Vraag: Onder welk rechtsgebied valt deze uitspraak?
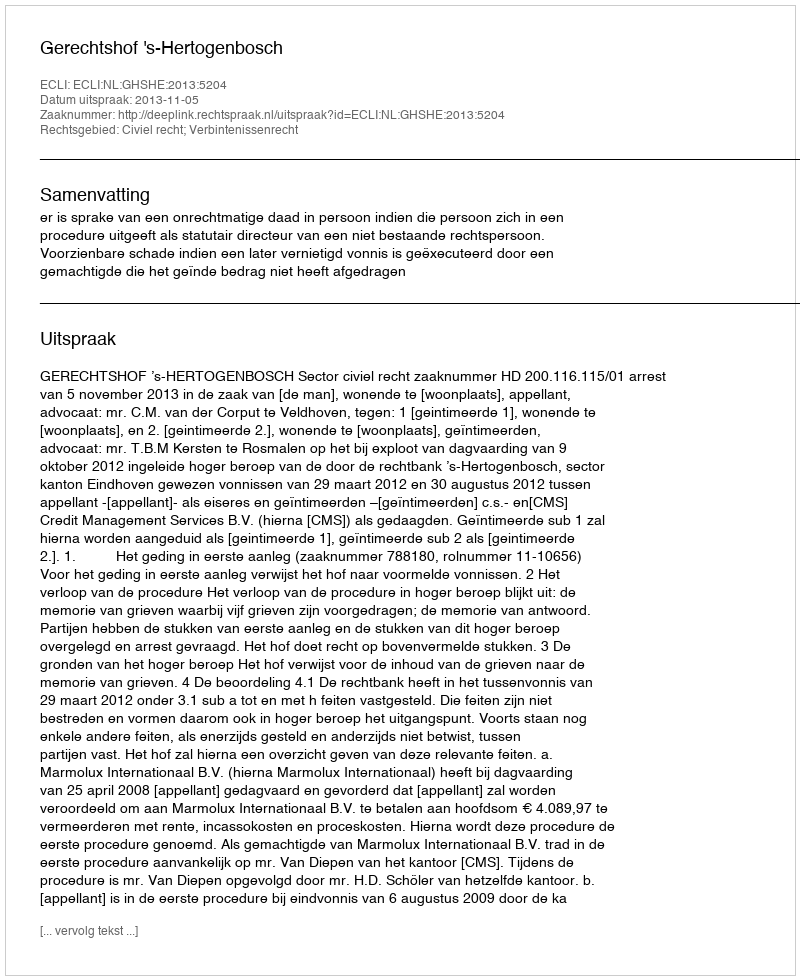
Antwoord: Civiel recht; Verbintenissenrecht